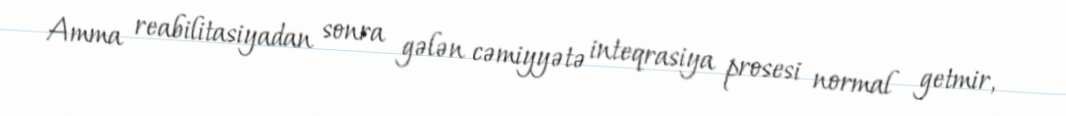
Amma reabilitasiyadan sonra gələn cəmiyyətə inteqrasiya prosesi normal getmir,